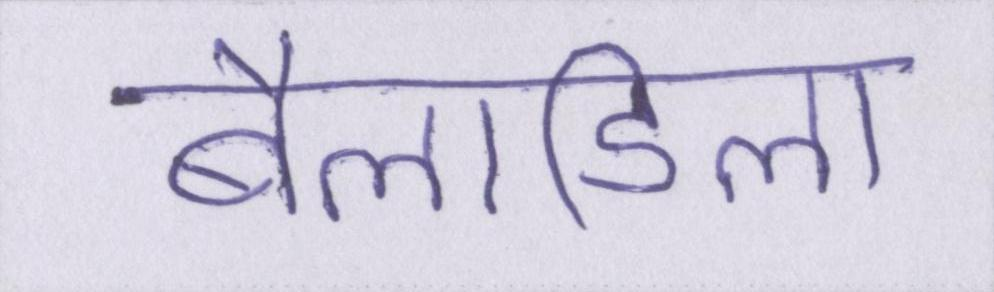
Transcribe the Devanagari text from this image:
बैलाडिला